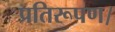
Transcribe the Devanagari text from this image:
प्रतिरूपण।